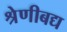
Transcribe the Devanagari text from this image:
श्रेणीबद्य